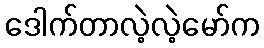
ဒေါက်တာလဲ့လဲ့မော်က